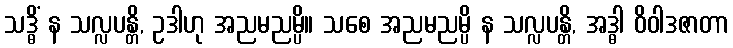
သဒ္ဓိံ န သလ္လပန္တိ, ဥဒါဟု အညမညမ္ပိ။ သစေ အညမညမ္ပိ န သလ္လပန္တိ, အဒ္ဓါ ဝိဝါဒဇာတာ